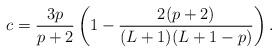
LaTeX: \begin{align*}c=\frac{3p}{p+2}\left(1-\frac{2(p+2)}{(L+1)(L+1-p)}\right).\end{align*}